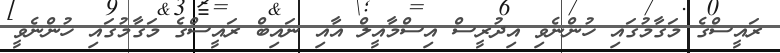
ރައީސްގެ މަގާމުގައި ހުންނެވި އިދުރީސް އިސްމާއީލް އާއި ނައިބް ރައީސްގެ މަގާމުގައި ހުންނެވީ